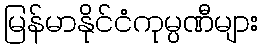
မြန်မာနိုင်ငံကုမ္ပဏီများ